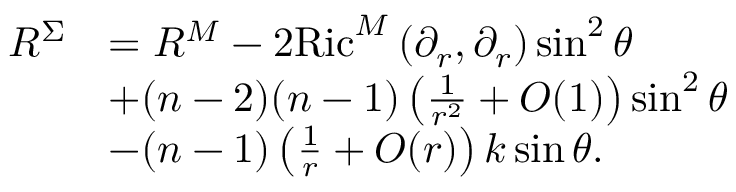
\begin{array} { r l } { R ^ { \Sigma } } & { = R ^ { M } - 2 \mathrm { R i c } ^ { M } \left( \partial _ { r } , \partial _ { r } \right) \sin ^ { 2 } \theta } \\ & { + ( n - 2 ) ( n - 1 ) \left( \frac { 1 } { r ^ { 2 } } + O ( 1 ) \right) \sin ^ { 2 } \theta } \\ & { - ( n - 1 ) \left( \frac { 1 } { r } + O ( r ) \right) k \sin \theta . } \end{array}